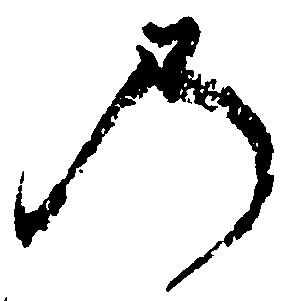
乃